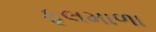
ફૂલમાળા